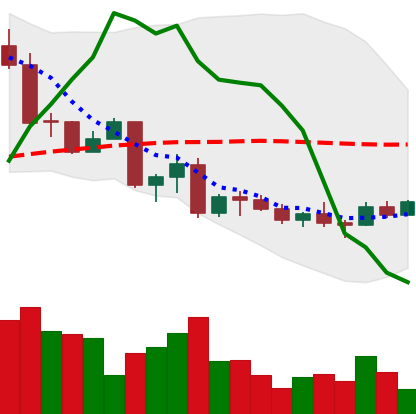
Ticker: EOS-USD
Chart end date: 2022-10-01
Forward return: -5.423%
Label: down_5_7